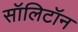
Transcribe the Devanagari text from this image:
सॉलिटॉन